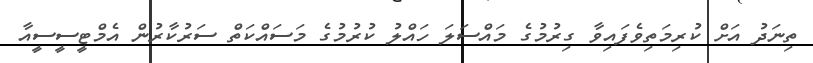
ތިނަދު އަށް ކުރިމަތިވެފައިވާ ގިރުމުގެ މައްސަލަ ހައްލު ކުރުމުގެ މަސައްކަތް ސަރުކާރުން އެމްޓީސީސީއާ